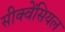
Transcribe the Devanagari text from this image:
सीक्वेंसियल